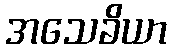
အသေခိယာ